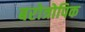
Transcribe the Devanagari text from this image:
बरोत्रोपिक